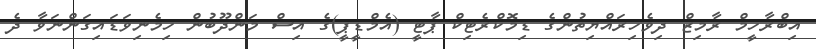
އިބްރާހީމް ރާމިޒް ދިވެހިރައްޔިތުންގެ ޑިމޮކްރެޓިކް ޕާޓީ (އެމްޑީޕީ)ގެ އިސް މަންދޫބުން ހިމެނިވަޑައިގަންނަވާ ދެ